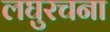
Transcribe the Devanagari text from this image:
लघुरचना